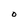
Character: O